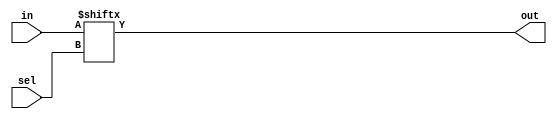
module mux2x1(in,sel,out);
  input [1:0] in;
  input sel;
  output out;

  assign out=in[sel];
endmodule